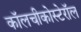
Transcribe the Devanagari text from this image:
कॉलचीकोस्टेरॉल